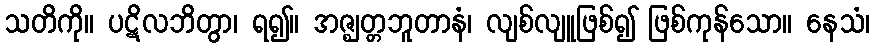
သတိကို။ ပဋိလဘိတွာ၊ ရ၍။ အဇ္ဈတ္တဘူတာနံ၊ လျစ်လျူဖြစ်၍ ဖြစ်ကုန်သော။ နေသံ၊